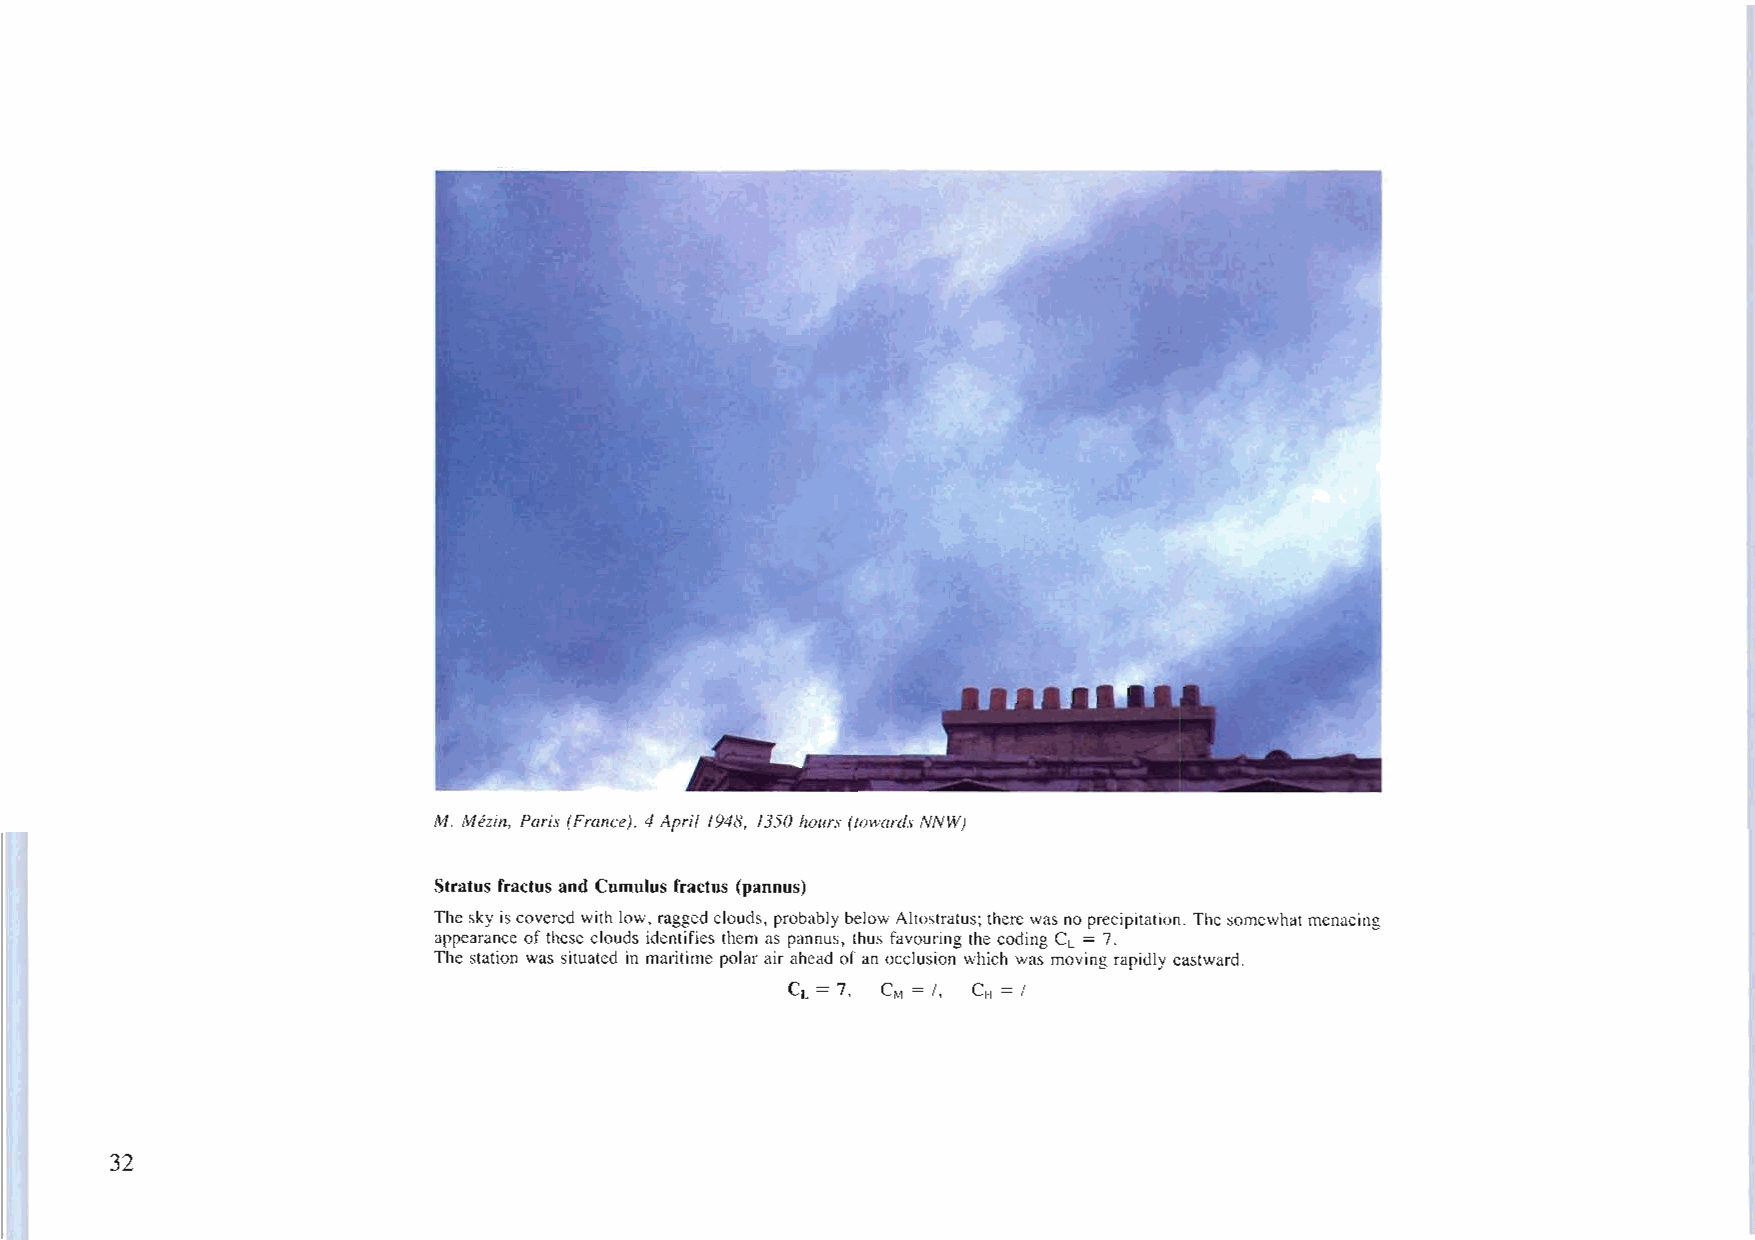
M. Mhin, Paris (France), 4April 1948, 1350 hours (towards NNW)
 Stratus fractus and Cumulus fractus (pannus)
 Thesky iscovered with low, ragged clouds, probably belowAltostratus; there was no precipitation. Thesomewhatmenacing
 appearance ofthese clouds identifies them as pannus, thus favouring the coding CL = 7.
 The station was situated in maritime polar air ahead ofan occlusion which was moving rapidly eastward.
 CL = 7, CM = /, CH = /
 32